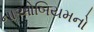
નાઓબિયમનો